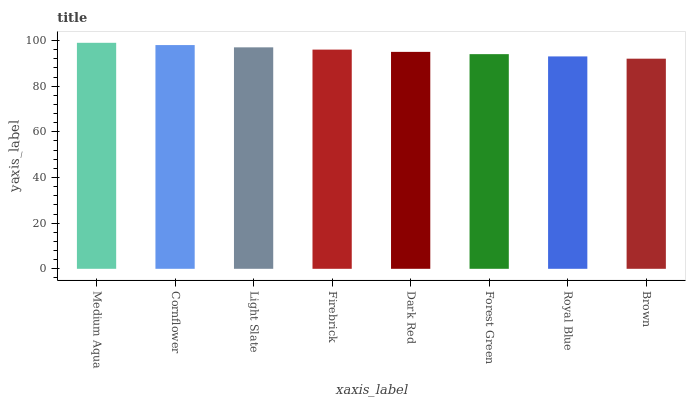
| xaxis_label | bars |
 | --- | --- |
 | Medium Aqua | 99 |
 | Cornflower | 98 |
 | Light Slate | 97 |
 | Firebrick | 96 |
 | Dark Red | 95 |
 | Forest Green | 94 |
 | Royal Blue | 93 |
 | Brown | 92 |